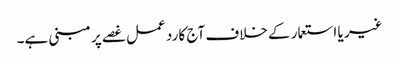
غیر یا استعمار کے خلاف آج کا رد عمل غصے پر مبنی ہے۔